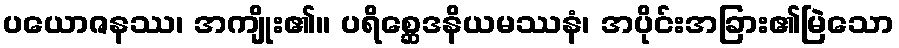
ပယောဇနဿ၊ အကျိုး၏။ ပရိစ္ဆေဒနိယမဿနံ၊ အပိုင်းအခြား၏မြဲသော